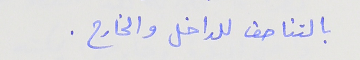
بالتناصف للداخل والخارح .